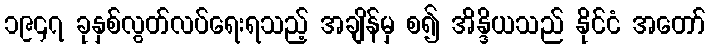
၁၉၄၇ ခုနှစ်လွတ်လပ်ရေးရသည့် အချိန်မှ စ၍ အိန္ဒိယသည် နိုင်ငံ အတော်